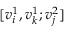
[ v _ { i } ^ { 1 } , v _ { k } ^ { 1 } ; v _ { j } ^ { 2 } ]